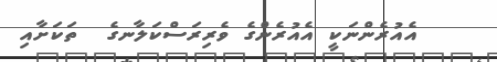
އެއުރެންނަކީ އެއުރެންގެ ވެރިރަސްކަލާނގެ  ތަކަށާއި